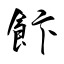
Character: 飰